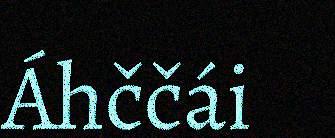
Áhččái